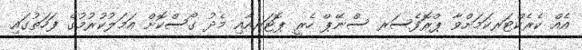
އެއް ކެރެކްޓަރކަމަށްވާ ޕްރޮފެސަރ ސްނޭޕް ހެރީ ޕޮޓަރއާއި މެދު ގޯސްކޮށް އަމަލުކުރުމުގެ ފަހަތުގައި